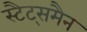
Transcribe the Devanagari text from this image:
स्टैट्समैन